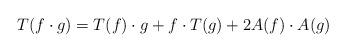
LaTeX: \begin{align*} T(f\cdot g)= T(f)\cdot g+f\cdot T(g)+2A(f)\cdot A(g) \end{align*}